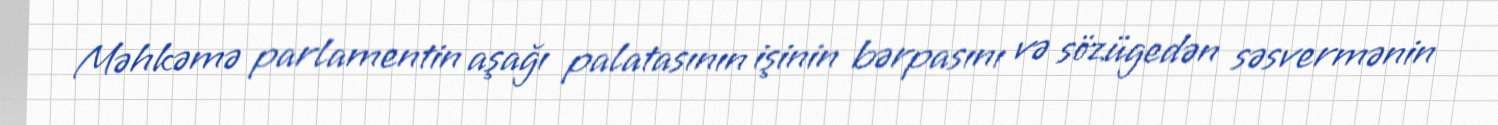
Məhkəmə parlamentin aşağı palatasının işinin bərpasını və sözügedən səsvermənin